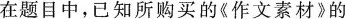
在题目中，已知所购买的《作文素材》的